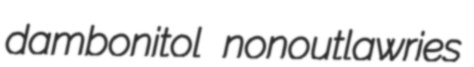
dambonitol nonoutlawries